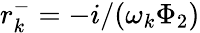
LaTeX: r_{k}^{-}=-i/(\omega_{k}\Phi_{2})